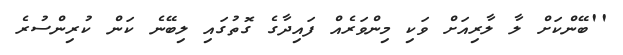
''ބޭންކަށް ލާ ލާރިއަށް ވަކި މިންވަރެއް ފައިދާގެ ގޮތުގައި ލިބޭނެ ކަން ކުރިންސުރެ